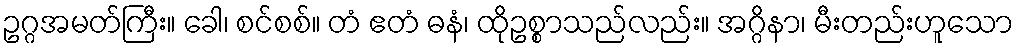
ဥဂ္ဂအမတ်ကြီး။ ခေါ၊ စင်စစ်။ တံ ဧတံ ဓနံ၊ ထိုဥစ္စာသည်လည်း။ အဂ္ဂိနာ၊ မီးတည်းဟူသော